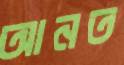
আনত